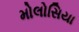
મોલોસિયા